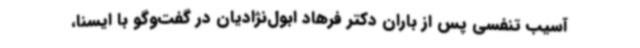
آسیب تنفسی پس از باران دکتر فرهاد ابول‌نژادیان در گفت‌وگو با ایسنا،